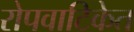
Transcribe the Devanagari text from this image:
रोपवाटिकेत